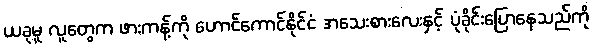
ယခုမူ လူတွေက ဖားကန့်ကို ဟောင်ကောင်နိုင်ငံ အသေးစားလေးနှင့် ပုံခိုင်းပြောနေသည်ကို